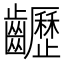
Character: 𪙽